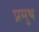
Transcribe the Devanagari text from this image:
प्रमुथ